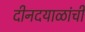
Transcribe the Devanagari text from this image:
दीनदयाळांची